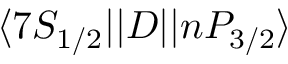
\ensuremath { \langle 7 S _ { 1 / 2 } | | } D \ensuremath { | | n P _ { 3 / 2 } \rangle }